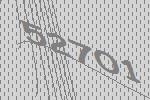
52701